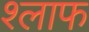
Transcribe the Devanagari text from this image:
श्लाफ